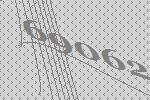
69062